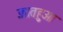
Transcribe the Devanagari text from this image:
ज्ञातहुआ